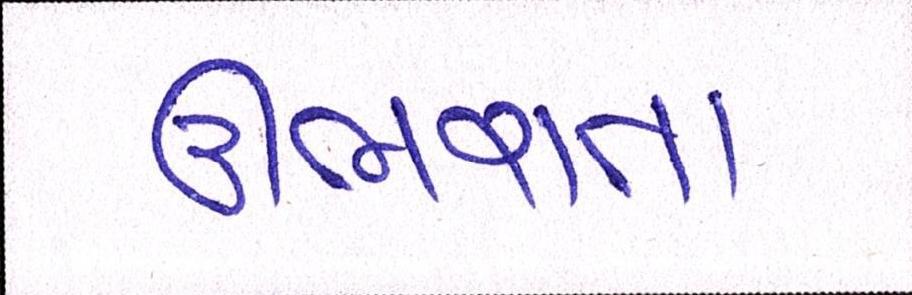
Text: ઊભરતા